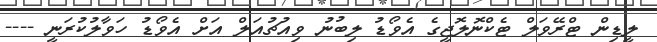
ލީޑިން ޓްރޭވަލް ޓެކްނޮލޮޖީގެ އެވޯޑު ލިބުނު ވިއުޗުއަލް އަށް އެވޯޑު ހަވާލުކުރަނީ ----